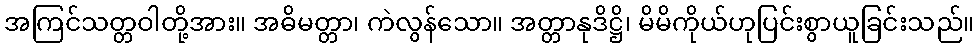
အကြင်သတ္တဝါတို့အား။ အဓိမတ္တာ၊ ကဲလွန်သော။ အတ္တာနုဒိဋ္ဌိ၊ မိမိကိုယ်ဟုပြင်းစွာယူခြင်းသည်။